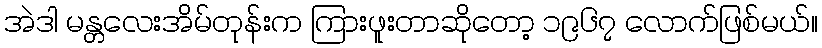
အဲဒါ မန္တလေးအိမ်တုန်းက ကြားဖူးတာဆိုတော့ ၁၉၆၇ လောက်ဖြစ်မယ်။